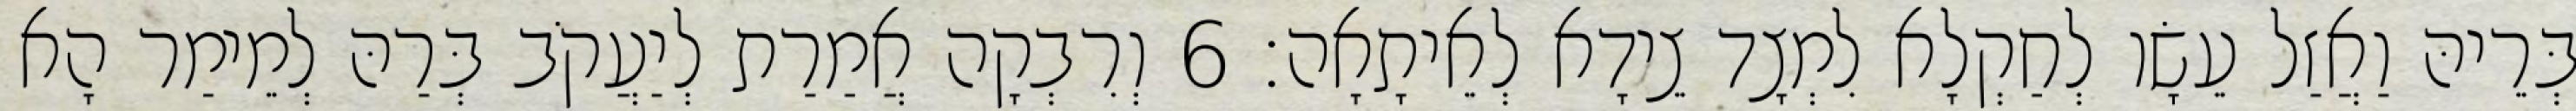
בְּרֵיהּ וַאֲזַל עֵשָׂו לְחַקְלָא לִמְצָד צֵידָא לְאֵיתָאָה׃ 6 וְרִבְקָה אֲמַרַת לְיַעֲקֹב בְּרַהּ לְמֵימַר הָא